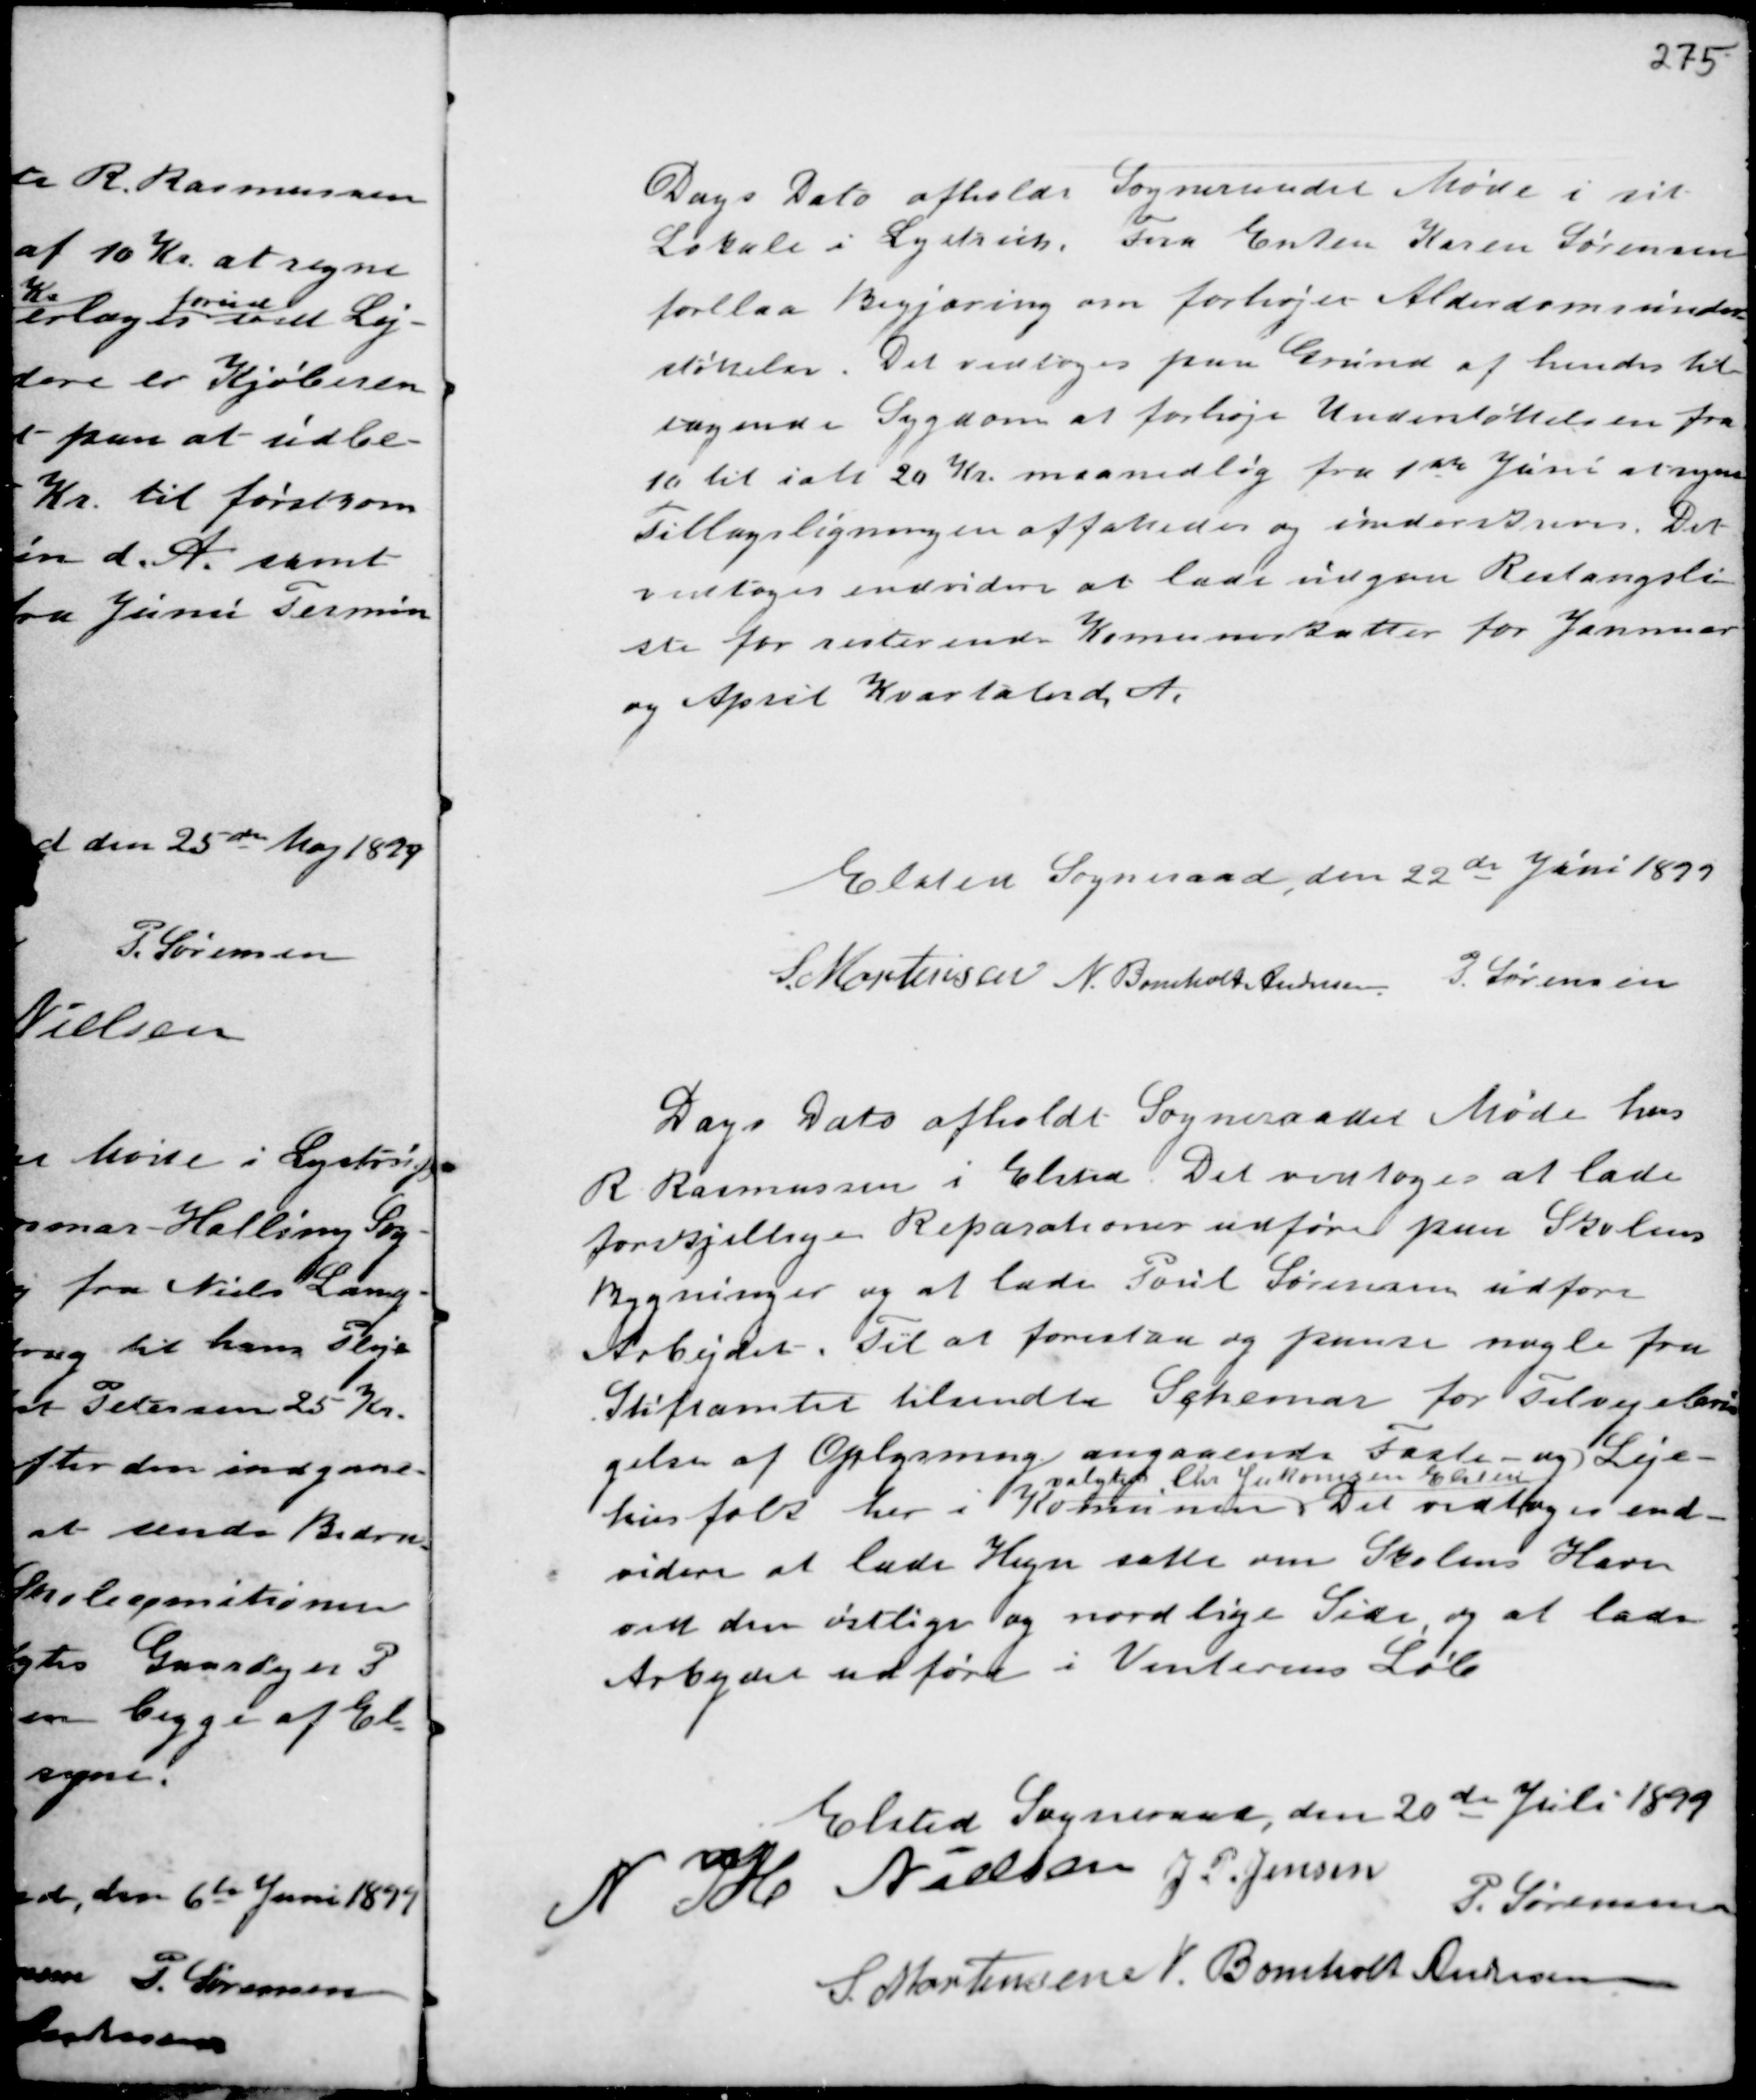
Transskription:
Dags Dato afholdt Sogneraadet Møde i sit
Lokale i Lystrup. Fra Enken Karen Sørensen
forelaa Begjæring om forhøjer Alderdomsunder-
støttelse. Det vedtoges paa Grund af hendes til-
tagende Sygdom at forhøje Understøttelsen fra
10 til ialt 20 Kr. maanedlig fra 1 ste Juni at regne
Tillægsligningen affattedes og underskreves. Det
vedtoges endvidere at lade udgaa Restanceli-
ste for resterende Komuneskatter for Jannuar
og April Kvartal d.A.

Elsted Sogneraad, den 22 de Juni 1899
S. Mortensen N. Bomholt Andersen P. Sørensen

Dags Dato afholdt Sogneraadet Møde hos
R Rasmussen i Elsted. Det vedtoges at lade
forskjellige Reparationer udføre paa Skolens
Bygninger og at lade Poul Sørensen udføre
Arbejdet. Til at forestaa og paase nogle fra
Stiftamtet tilsendte Schemar for Tilvejebrin
gelser af Oplysning angaaende Faste- og Leje-
hushold her i Komunen
valgtes Chr Jukomsen Elsted
Det vedtoges end-
videre at lade Hegn sætte om Skolens Have
ved den østlige og nordlige Side, og at lade
Arbejdet udføre i Vinterens Løb.

Elsted Sogneraad, den 20de Juli 1899
N H Nielsen J P. Jensen
P. Sørensen
S. Mortensen N. Bomholt Andersen